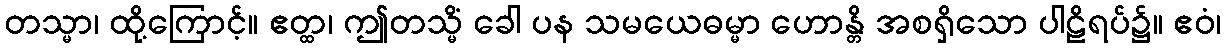
တသ္မာ၊ ထို့ကြောင့်။ ဧတ္ထ၊ ဤတသ္မိံ ခေါ ပန သမယေဓမ္မာ ဟောန္တိ အစရှိသော ပါဠိရပ်၌။ ဧဝံ၊